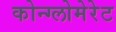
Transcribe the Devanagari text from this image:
कोन्ग्लोमेरेट